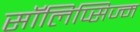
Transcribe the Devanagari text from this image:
सॉलिप्सिज्म